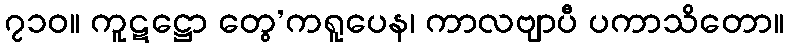
၇၁၀။ ကူဋဋ္ဌော တွေ’ကရူပေန၊ ကာလဗျာပီ ပကာသိတော။